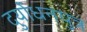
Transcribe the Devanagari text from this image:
दुर्योधनपुत्र